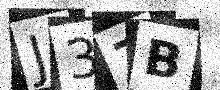
Text: J37B